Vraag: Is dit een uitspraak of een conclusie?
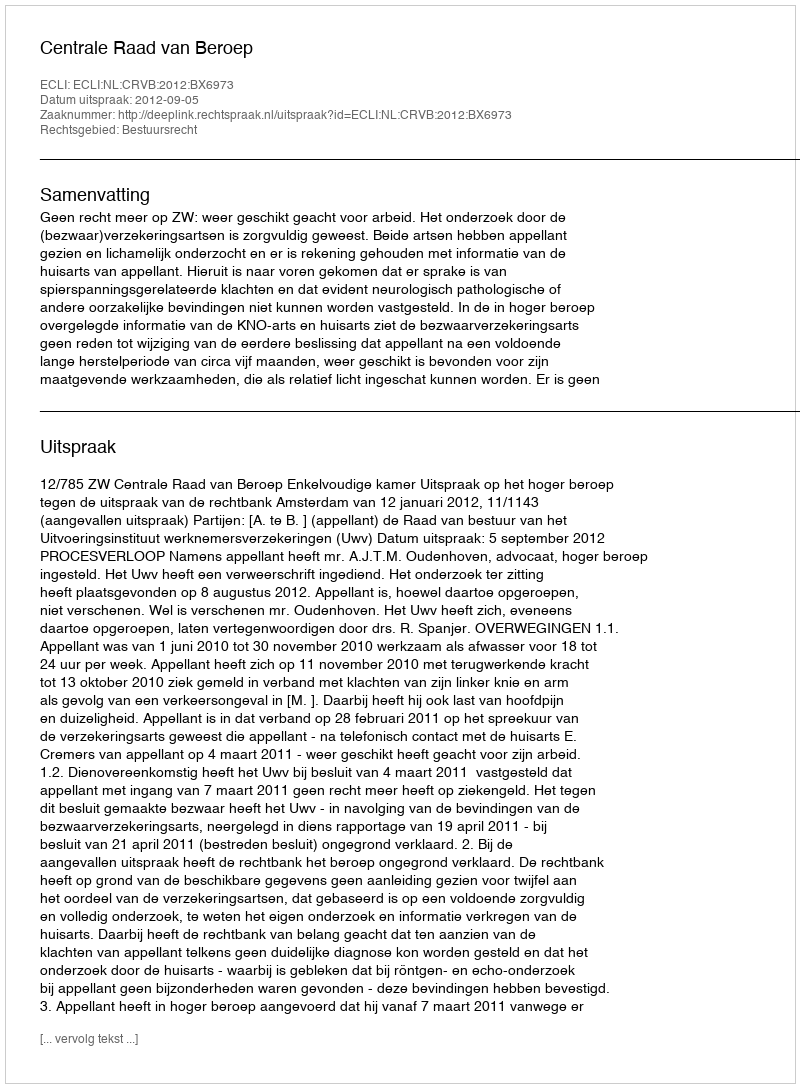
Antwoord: Uitspraak